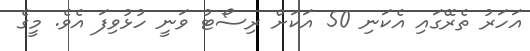
އަހަރު ތެރޭގައި އެކަނި 50 އަކަށް ރިސޯޓު ވަނީ ހުޅުވިފަ އެވެ. މީގެ